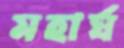
মহার্ঘ